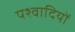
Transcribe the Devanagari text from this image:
पश्वादियों